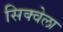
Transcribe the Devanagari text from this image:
सिक्वेला